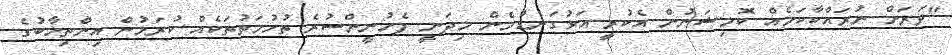
"ވަރަށް ނުރައްކާކަމެއް ކޮމިޝަނުން އެކުރީ އަޅުގަނޑުމެން މިދަނީ ފެށުނީންސުރެ ތުހުމަތުތަކެއް ކުރަމުން އިންތިޚާބުގެ